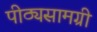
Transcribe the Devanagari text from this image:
पीठ्यसामग्री